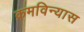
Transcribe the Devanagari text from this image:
क्रमविन्यास